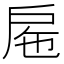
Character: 𢨹